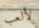
لألعب